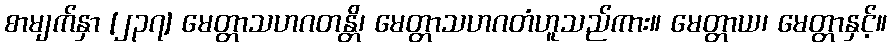
စာမျက်နှာ [၂၃၇] မေတ္တာသဟဂတန္တိ၊ မေတ္တာသဟဂတံဟူသည်ကား။ မေတ္တာယ၊ မေတ္တာနှင့်။